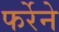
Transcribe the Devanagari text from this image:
फर्रेने